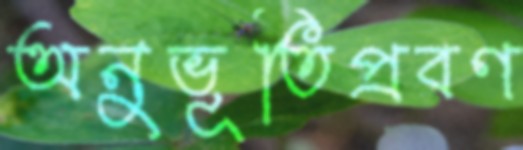
অনুভূতিপ্রবণ